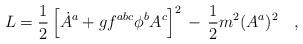
LaTeX: \begin{align*}L=\frac{1}{2}\left[\dot{A}^a+gf^{abc}\phi^b A^c\right]^2\,-\,\frac{1}{2}m^2(A^a)^2\ \ \ ,\end{align*}